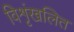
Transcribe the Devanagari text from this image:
विशृंखलित